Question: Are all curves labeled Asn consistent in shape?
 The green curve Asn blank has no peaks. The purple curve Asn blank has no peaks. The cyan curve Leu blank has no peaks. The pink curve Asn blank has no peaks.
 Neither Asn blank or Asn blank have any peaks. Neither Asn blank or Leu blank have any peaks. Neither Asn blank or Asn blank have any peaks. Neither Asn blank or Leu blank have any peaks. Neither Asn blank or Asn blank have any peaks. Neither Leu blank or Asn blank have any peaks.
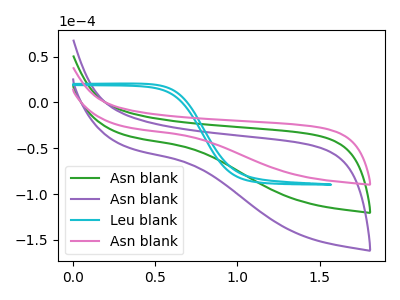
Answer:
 <answer>All the CV's of "Asn" have similar shape.</answer>
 <eval>follow_rule</eval>